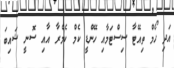
އަދި ހޯމް ތިއޭޓާ ސިސްޓަމާއި ހޭންޑީ ކެމް ކެމެރާ އާއި ސޮނީ ޝައިބަ